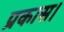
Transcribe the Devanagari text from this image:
प्रकास।